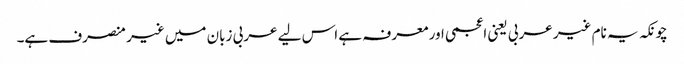
چونکہ یہ نام غیر عربی یعنی اعجمی اور معرفہ ہے اس لیے عربی زبان میں غیر منصرف ہے۔